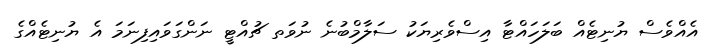
އެއްވެސް ޔުނިޓެއް ބަލަހައްޓާ އިސްވެރިޔަކު ސަލާމްބުނެ ނުވަތ ޗުއްޓީ ނަންގަވައިފިނަމަ އެ ޔުނިޓެއްގެ